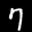
Label: 7